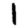
Digit: 1